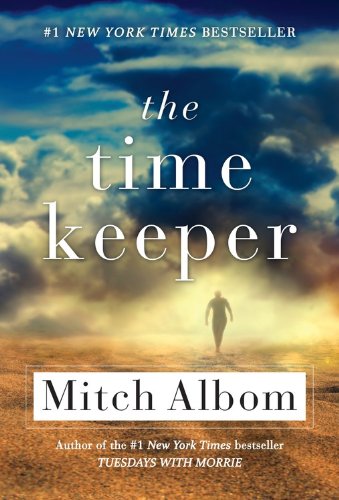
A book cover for The Time Keeper; Mitch Albom; Literature & Fiction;